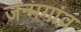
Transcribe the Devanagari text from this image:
जन्मगांव